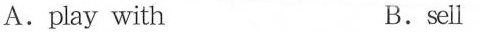
A.play with B.sell